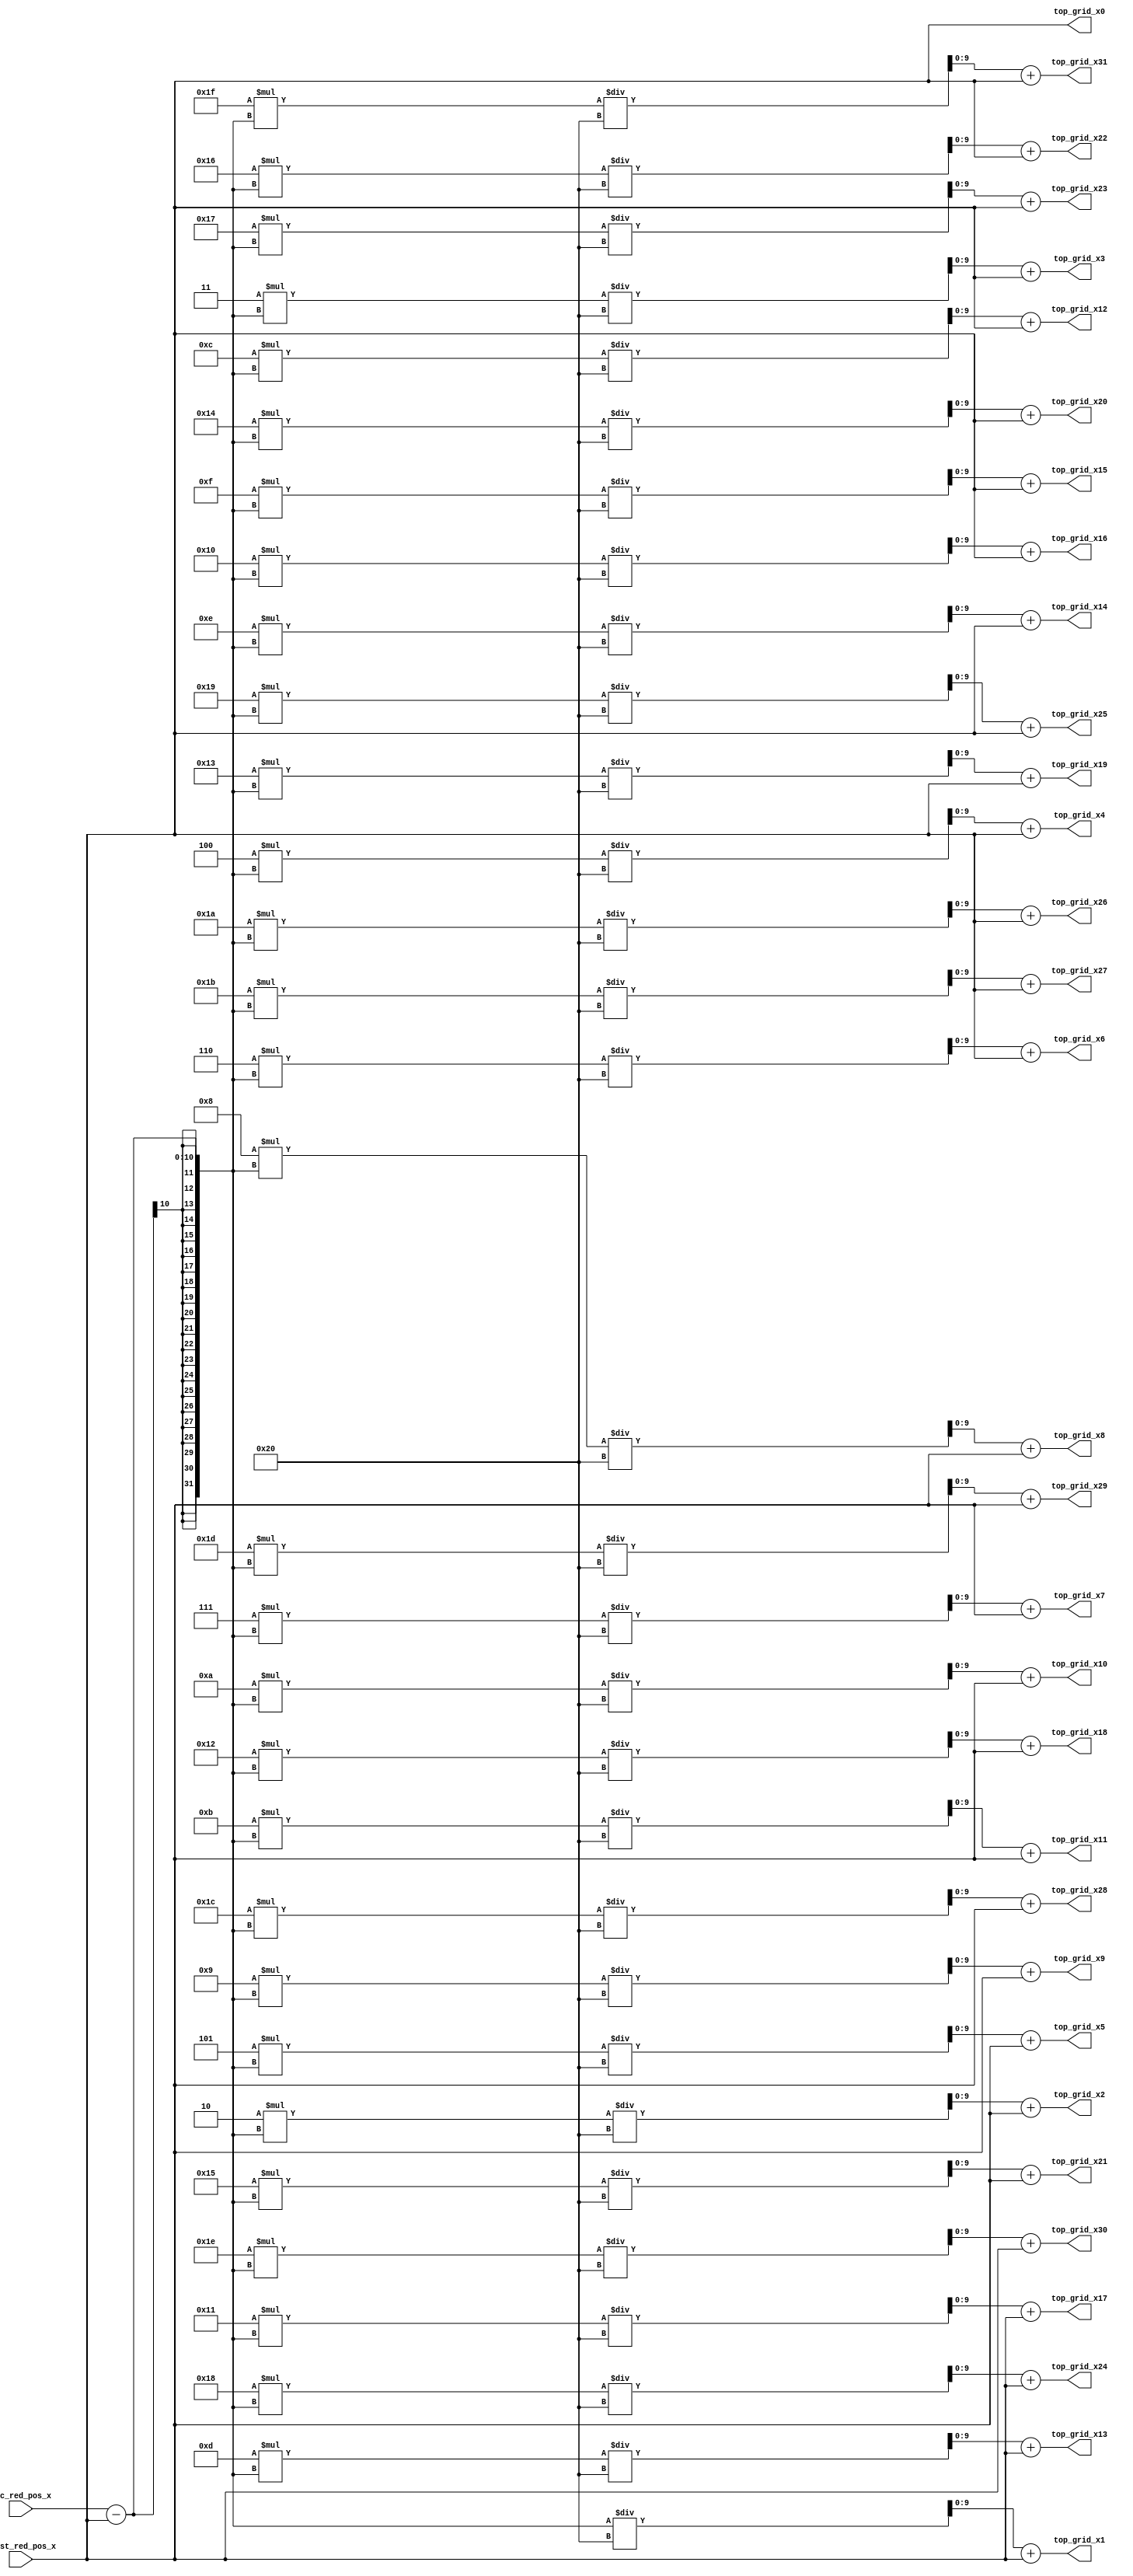
module column_chooser(first_red_pos_x, sec_red_pos_x, top_grid_x0, top_grid_x1, top_grid_x2, top_grid_x3, top_grid_x4, 
                      top_grid_x5, top_grid_x6, top_grid_x7, top_grid_x8, top_grid_x9, top_grid_x10, top_grid_x11, top_grid_x12, 
                      top_grid_x13, top_grid_x14, top_grid_x15, top_grid_x16, top_grid_x17, top_grid_x18, top_grid_x19, top_grid_x20, 
                      top_grid_x21, top_grid_x22, top_grid_x23, top_grid_x24, top_grid_x25, top_grid_x26, top_grid_x27, top_grid_x28, 
                      top_grid_x29, top_grid_x30, top_grid_x31);
   input [9:0] first_red_pos_x;
   input [9:0] sec_red_pos_x;

   output [9:0] top_grid_x0;
   output [9:0] top_grid_x1;
   output [9:0] top_grid_x2;
   output [9:0] top_grid_x3;
   output [9:0] top_grid_x4;
   output [9:0] top_grid_x5;
   output [9:0] top_grid_x6;
   output [9:0] top_grid_x7;
   output [9:0] top_grid_x8;
   output [9:0] top_grid_x9;
   output [9:0] top_grid_x10;
   output [9:0] top_grid_x11;
   output [9:0] top_grid_x12;
   output [9:0] top_grid_x13;
   output [9:0] top_grid_x14;
   output [9:0] top_grid_x15;
   output [9:0] top_grid_x16;
   output [9:0] top_grid_x17;
   output [9:0] top_grid_x18;
   output [9:0] top_grid_x19;
   output [9:0] top_grid_x20;
   output [9:0] top_grid_x21;
   output [9:0] top_grid_x22;
   output [9:0] top_grid_x23;
   output [9:0] top_grid_x24;
   output [9:0] top_grid_x25;
   output [9:0] top_grid_x26;
   output [9:0] top_grid_x27;
   output [9:0] top_grid_x28;
   output [9:0] top_grid_x29;
   output [9:0] top_grid_x30;
   output [9:0] top_grid_x31;
	
   assign top_grid_x0 = first_red_pos_x;
   assign top_grid_x1 = ((sec_red_pos_x - first_red_pos_x) / 32) + first_red_pos_x;
   assign top_grid_x2 = (2 * (sec_red_pos_x - first_red_pos_x) / 32) + first_red_pos_x;
   assign top_grid_x3 = (3 * (sec_red_pos_x - first_red_pos_x) / 32) + first_red_pos_x;
   assign top_grid_x4 = (4 * (sec_red_pos_x - first_red_pos_x) / 32) + first_red_pos_x;
   assign top_grid_x5 = (5 * (sec_red_pos_x - first_red_pos_x) / 32) + first_red_pos_x;
   assign top_grid_x6 = (6 * (sec_red_pos_x - first_red_pos_x) / 32) + first_red_pos_x;
   assign top_grid_x7 = (7 * (sec_red_pos_x - first_red_pos_x) / 32) + first_red_pos_x;
   assign top_grid_x8 = (8 * (sec_red_pos_x - first_red_pos_x) / 32) + first_red_pos_x;
   assign top_grid_x9 = (9 * (sec_red_pos_x - first_red_pos_x) / 32) + first_red_pos_x;
   assign top_grid_x10 = (10 * (sec_red_pos_x - first_red_pos_x) / 32) + first_red_pos_x;
   assign top_grid_x11 = (11 * (sec_red_pos_x - first_red_pos_x) / 32) + first_red_pos_x;
   assign top_grid_x12 = (12 * (sec_red_pos_x - first_red_pos_x) / 32) + first_red_pos_x;
   assign top_grid_x13 = (13 * (sec_red_pos_x - first_red_pos_x) / 32) + first_red_pos_x;
   assign top_grid_x14 = (14 * (sec_red_pos_x - first_red_pos_x) / 32) + first_red_pos_x;
   assign top_grid_x15 = (15 * (sec_red_pos_x - first_red_pos_x) / 32) + first_red_pos_x;
   assign top_grid_x16 = (16 * (sec_red_pos_x - first_red_pos_x) / 32) + first_red_pos_x;
   assign top_grid_x17 = (17 * (sec_red_pos_x - first_red_pos_x) / 32) + first_red_pos_x;
   assign top_grid_x18 = (18 * (sec_red_pos_x - first_red_pos_x) / 32) + first_red_pos_x;
   assign top_grid_x19 = (19 * (sec_red_pos_x - first_red_pos_x) / 32) + first_red_pos_x;
   assign top_grid_x20 = (20 * (sec_red_pos_x - first_red_pos_x) / 32) + first_red_pos_x;
   assign top_grid_x21 = (21 * (sec_red_pos_x - first_red_pos_x) / 32) + first_red_pos_x;
   assign top_grid_x22 = (22 * (sec_red_pos_x - first_red_pos_x) / 32) + first_red_pos_x;
   assign top_grid_x23 = (23 * (sec_red_pos_x - first_red_pos_x) / 32) + first_red_pos_x;
   assign top_grid_x24 = (24 * (sec_red_pos_x - first_red_pos_x) / 32) + first_red_pos_x;
   assign top_grid_x25 = (25 * (sec_red_pos_x - first_red_pos_x) / 32) + first_red_pos_x;
   assign top_grid_x26 = (26 * (sec_red_pos_x - first_red_pos_x) / 32) + first_red_pos_x;
   assign top_grid_x27 = (27 * (sec_red_pos_x - first_red_pos_x) / 32) + first_red_pos_x;
   assign top_grid_x28 = (28 * (sec_red_pos_x - first_red_pos_x) / 32) + first_red_pos_x;
   assign top_grid_x29 = (29 * (sec_red_pos_x - first_red_pos_x) / 32) + first_red_pos_x;
   assign top_grid_x30 = (30 * (sec_red_pos_x - first_red_pos_x) / 32) + first_red_pos_x;
   assign top_grid_x31 = (31 * (sec_red_pos_x - first_red_pos_x) / 32) + first_red_pos_x;
endmodule // column_chooser